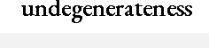
undegenerateness